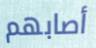
أصابهم